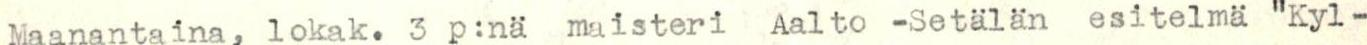
Maanantaina, lokak. 3 p:nä maisteri Aalto -Setalän esitelmä "Kyl-